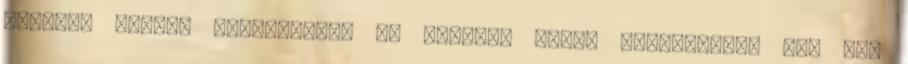
afrikai ország ajánlásával ne utazzon ennyi útlevéllel. Egy szó